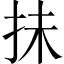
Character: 抺